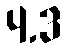
4.3